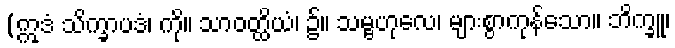
(ဣဒံ သိက္ခာပဒံ၊ ကို။ သာဝတ္ထိယံ၊ ၌။ သမ္ဗဟုလေ၊ များစွာကုန်သော။ ဘိက္ခူ၊